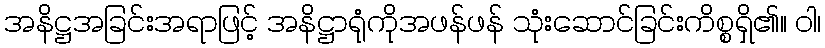
အနိဋ္ဌအခြင်းအရာဖြင့် အနိဋ္ဌာရုံကိုအဖန်ဖန် သုံးဆောင်ခြင်းကိစ္စရှိ၏။ ဝါ၊